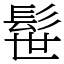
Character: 髰